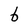
Character: b